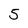
Character: 5